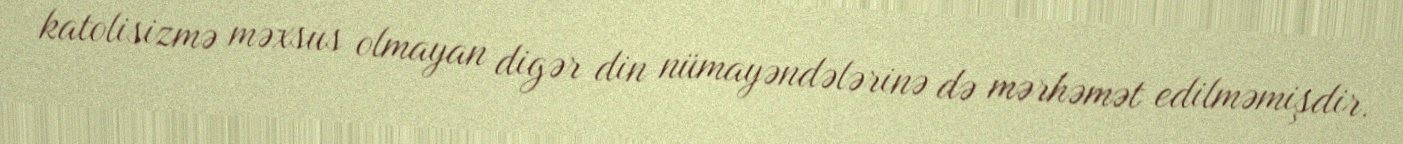
katolisizmə məxsus olmayan digər din nümayəndələrinə də mərhəmət edilməmişdir.